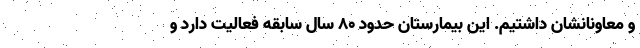
و معاونانشان داشتیم. این بیمارستان حدود ۸۰ سال سابقه فعالیت دارد و